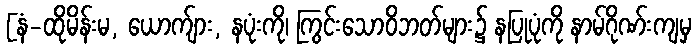
[နံ-ထိုမိန်းမ, ယောက်ျား, နပုံးကို၊ ကြွင်းသောဝိဘတ်များ၌ နပြုပုံကို နာမ်ဂိုဏ်းကျမှ